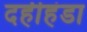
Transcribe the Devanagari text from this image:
दहीहंडा